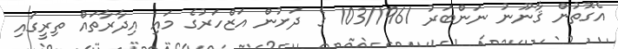
އެގޮތުން ޤާނޫނު ނަންބަރު 103/1961 ގެ ދަށުން އަޒްހަރުގެ މައި އިދާރާތައް ތިރީގައި